Annual administration and progress report of the Indian Medical Department, Bombay
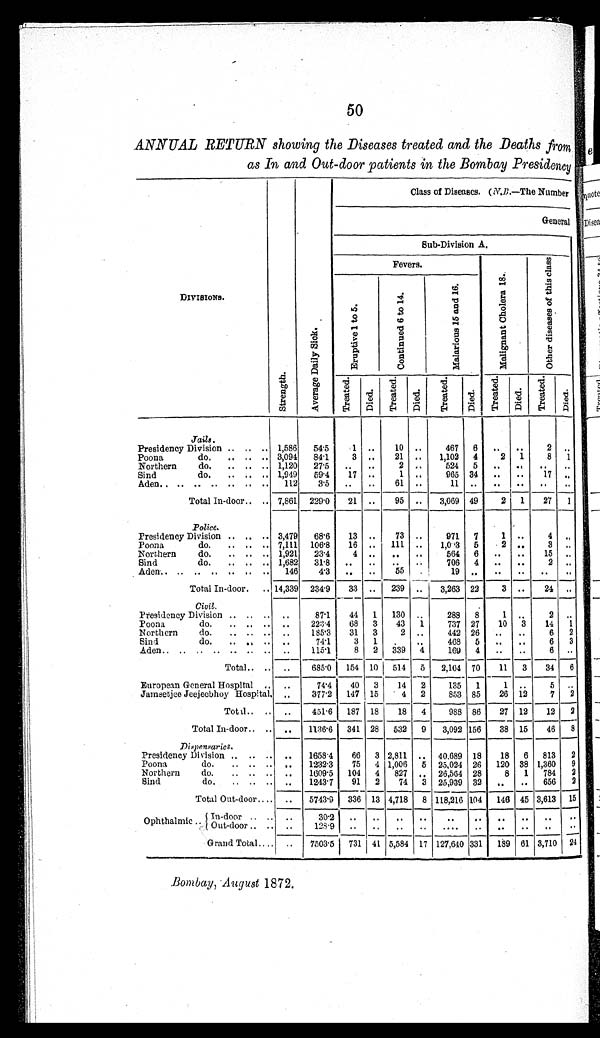
50
ANNUAL RETURN showing the Diseases treated and the Deaths from
as In and Out-door patients in the Bombay Presidency
DIVISIONS.
St r e n g t h .
A v e r a g e D a i l y S i c k .
Class of Diseases. ( N.B.—T h e N u m b e r
General
Sub-Division A.
Fevers.
M a l i g n a n t C h o l e r a 1 8 .
O t h e r d i s e a s e s o f t h i s c l a s s .
E r u p t i v e 1 t o 5 .
C o n t i n u e d 6 t o 1 4 .
M a l a r i o u s 1 5 a n d 1 6 .
T r e a t e d .
Di ed.
T r e a t e d .
Di ed.
T r e a t e d .
Di ed.
T r e a t e d .
Di ed.
Tr e a t e d .
D i e d .
Jails.
Presidency Division .. . . .. 1,586 54.5
1 .. 10 ..
467 6 .. ..
2 ..
Poona
do. .. .. .. 3,094 84.1
3 . . 21 .. 1,102 4
2 1
8 1
Northern do. .. .. .. 1,120 27.5 .. ..
2 ..
524 5
. . . .
. .
..
Sind
do. .. .. .. 1,949 59.4 17 ..
1 ..
965 34 .. .. 17 ..
Aden.. .. .. .. .. .. .. 112 3.5 . . .. 61 ..
1 1 . .
. . . .
. .
..
Total In-door . . .. 7,861 229.0 21 .. 95 .. 3,069 49
2 1 27 1
Police.
Presidency Division .. .. .. 3,479 68.6 13 . . 73 ..
971 7
1 ..
4 ..
Poona
do. .. .. .. 7,111 106.8 16 .. 111 .. 1,003 5
2 ..
3 ..
Northern do. .. .. .. 1,921 23.4
4 .. . . .. 564 6 .. .. 15 ..
Sind
do. .. .. .. 1,682 31.8 .. .. .. ..
706 4 .. ..
2 ..
Aden.. .. .. .. .. .. .. 146 4.3 .. .. 55
. .
1 9 . .
. . . .
. .
..
Total In-door. .. 14,339 234.9 33 .. 239 .. 3,263 22
3 .. 24 ..
Civil.
Presidency Division .. .. .. . .
87.1 44 1 130 ..
288 8
1 ..
2 ..
Poona
do. . . .. .. .. 223.4 68 3 43 1
737 27 10 3 14 1
Northern do. .. .. .. .. 185.3 31 3
2 ..
442 26 .. ..
6 2
Sind do.
. . . .
.. .. 74.1 3 1 . .
. . 468 5 .. ..
6 3
Aden .. .. .. .. . . . . .. .. 115.1 8 2 339 4
169 4 .. ..
6 ..
Total .. .. .. 685.0 154 10 514 5 2,104 70 11 3 34 6
European General Hospital .. . .
74.4 40 3 14 2
135 1
1 ..
5 ..
Jamsetjee Jeejeebhoy Hospital. . . 377.2 147 15
4 2
853 85 26 12
7 2
Total .. .. .. 451.6 187 18 18 4
988 86 27 12 12 2
Total In-door .. .. .. 1136.6 341 28 532 9 3,092 156 38 15 46 8
Di s pens ar i es .
Presidency Division .. .. .. .. 1658.4 66 3 2,811 .. 40,689 18 18 6 813 2
Poona
do. .. .. .. . . 1232.3 75 4 1,006 5 25,024 26 120 38 1,360 9
Northern do. .. .. .. .. 1609.5 104 4 827 .. 26,564 28
8 1 784 2
Sind do. .. .. .. .. 1243. 7 91 2 74 3 25,939 32 .. .. 656 2
Total Out-door .. .. .. 5743.9 336 13 4,718 8 118,216 104 146 45 3,613 15
Ophthalmic .. In-door
. . . . .. 30.2
. . . .
. . . .
. . . .
. . . .
. .
..
Out -door.. . . .. 128.9 .. .. .. .. ....
.. ..
. .
. . ..
Grand Total .. . .
..
7503.5 731 41 5,584 17 127,640 331 189 61 3,710 24
Bombay, August 1872.